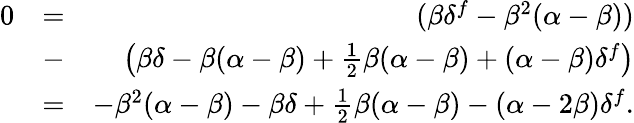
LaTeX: \begin{array}{rlr}{0}&{=}&{(\beta\delta^{f}-\beta^{2}(\alpha-\beta))}\\ &{-}&{\left(\beta\delta-\beta(\alpha-\beta)+\frac{1}{2}\beta(\alpha-\beta)+(\alpha-\beta)\delta^{f}\right)}\\ &{=}&{-\beta^{2}(\alpha-\beta)-\beta\delta+\frac{1}{2}\beta(\alpha-\beta)-(\alpha-2\beta)\delta^{f}.}\end{array}